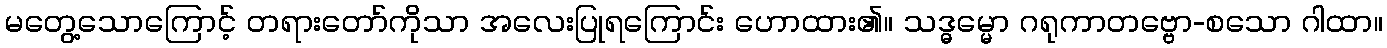
မတွေ့သောကြောင့် တရားတော်ကိုသာ အလေးပြုရကြောင်း ဟောထား၏။ သဒ္ဓမ္မော ဂရုကာတဗ္ဗော-စသော ဂါထာ။